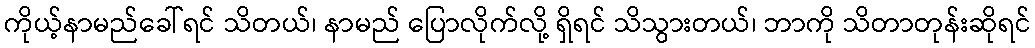
ကိုယ့်နာမည်ခေါ်ရင် သိတယ်၊ နာမည် ပြောလိုက်လို့ ရှိရင် သိသွားတယ်၊ ဘာကို သိတာတုန်းဆိုရင်